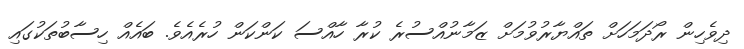
ދިވެހިން ރޯދަމަހަށް ތައްޔާރުވުމަށް ޒަމާނުއްސުރެ ކުރާ ހާއްސަ ކަންކަން ހުރެއެވެ. ބައެއް ހިސާބުތަކުގައި